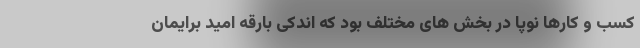
کسب و کارها نوپا در بخش های مختلف بود که اندکی بارقه امید برایمان